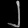
Digit: ၂